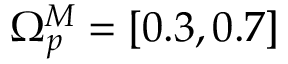
\Omega _ { p } ^ { M } = [ 0 . 3 , 0 . 7 ]